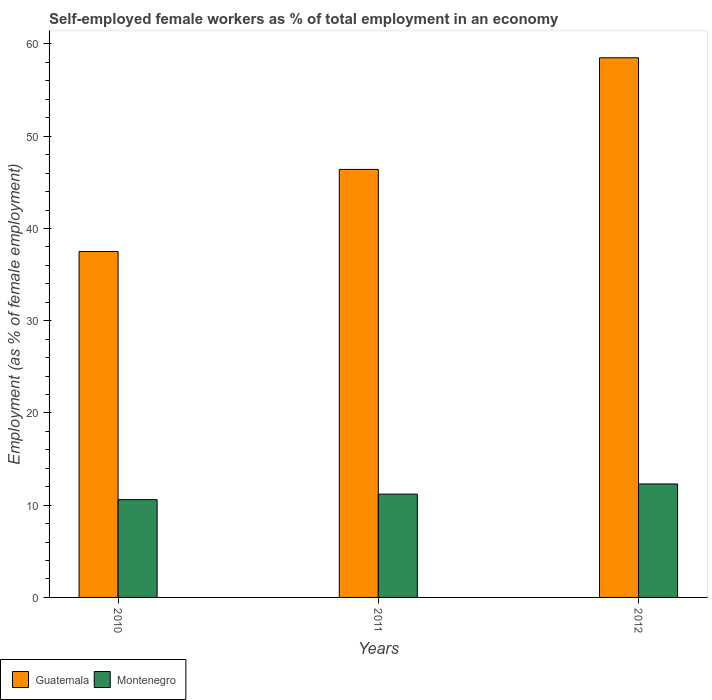
| Years | Guatemala | Montenegro |
 | --- | --- | --- |
 | 2010 | 37.5 | 10.6 |
 | 2011 | 46.4 | 11.2 |
 | 2012 | 58.5 | 12.3 |